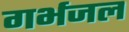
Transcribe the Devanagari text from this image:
गर्भजल